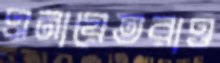
এনায়েতরাও